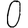
Digit: 0